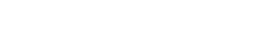
အရွယ်အစား ကို သတ်မှတ်ပါ။